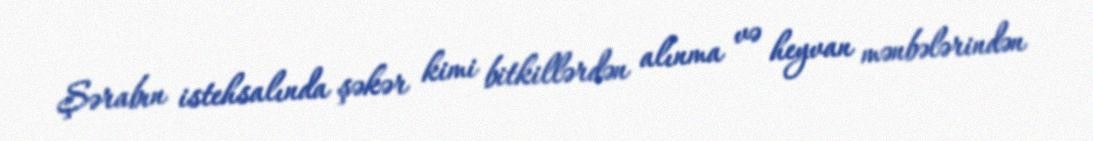
Şərabın istehsalında şəkər kimi bitkillərdən alınma və heyvan mənbələrindən